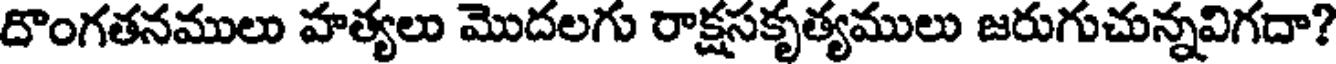
దొంగతనములు హత్యలు మొదలగు రాక్షసకృత్యములు జరుగుచున్నవిగదా?